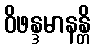
ဝိဖန္ဒမာနန္တိ